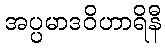
အပ္ပမာဒဝိဟာရိနီ